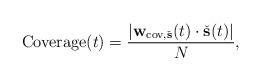
LaTeX: \begin{align*} \mathrm{Coverage}(t) = \frac{|\mathbf{w}_{\mathrm{cov}, \check{\mathbf{s}}}(t) \cdot \check{\mathbf{s}}(t)|}{N},\end{align*}